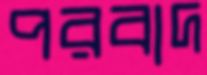
পরবাদ